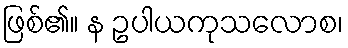
ဖြစ်၏။ န ဥပါယကုသလောစ၊